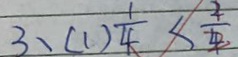
3 . ( 1 ) \frac { 1 } { 4 } < \frac { 2 } { 4 }